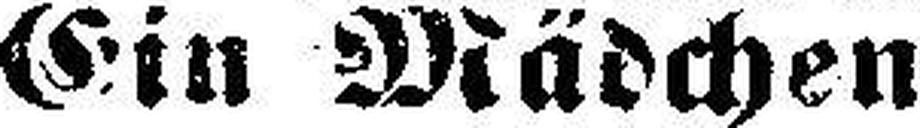
Ein Mädchen